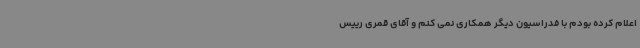
اعلام کرده بودم با فدراسیون دیگر همکاری نمی کنم و آقای قمری رییس